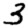
Digit: 3